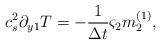
LaTeX: \begin{align*}c_s^2\partial _{y1}T =-\frac{1}{\Delta t} {\varsigma}_2{m}_2 ^{(1)},\end{align*}